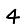
Digit: 4